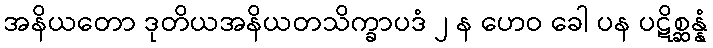
အနိယတော ဒုတိယအနိယတသိက္ခာပဒံ ၂ န ဟေဝ ခေါ ပန ပဋိစ္ဆန္နံ